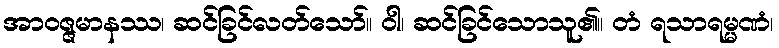
အာဝဇ္ဇမာနဿ၊ ဆင်ခြင်လတ်သော်။ ဝါ၊ ဆင်ခြင်သောသူ၏။ တံ ရသာရမ္မဏံ၊